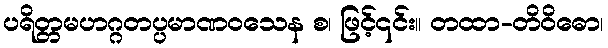
ပရိတ္တမဟဂ္ဂတပ္ပမာဏဝသေန စ၊ ဖြင့်၎င်း။ တထာ-တိဝိဓော၊